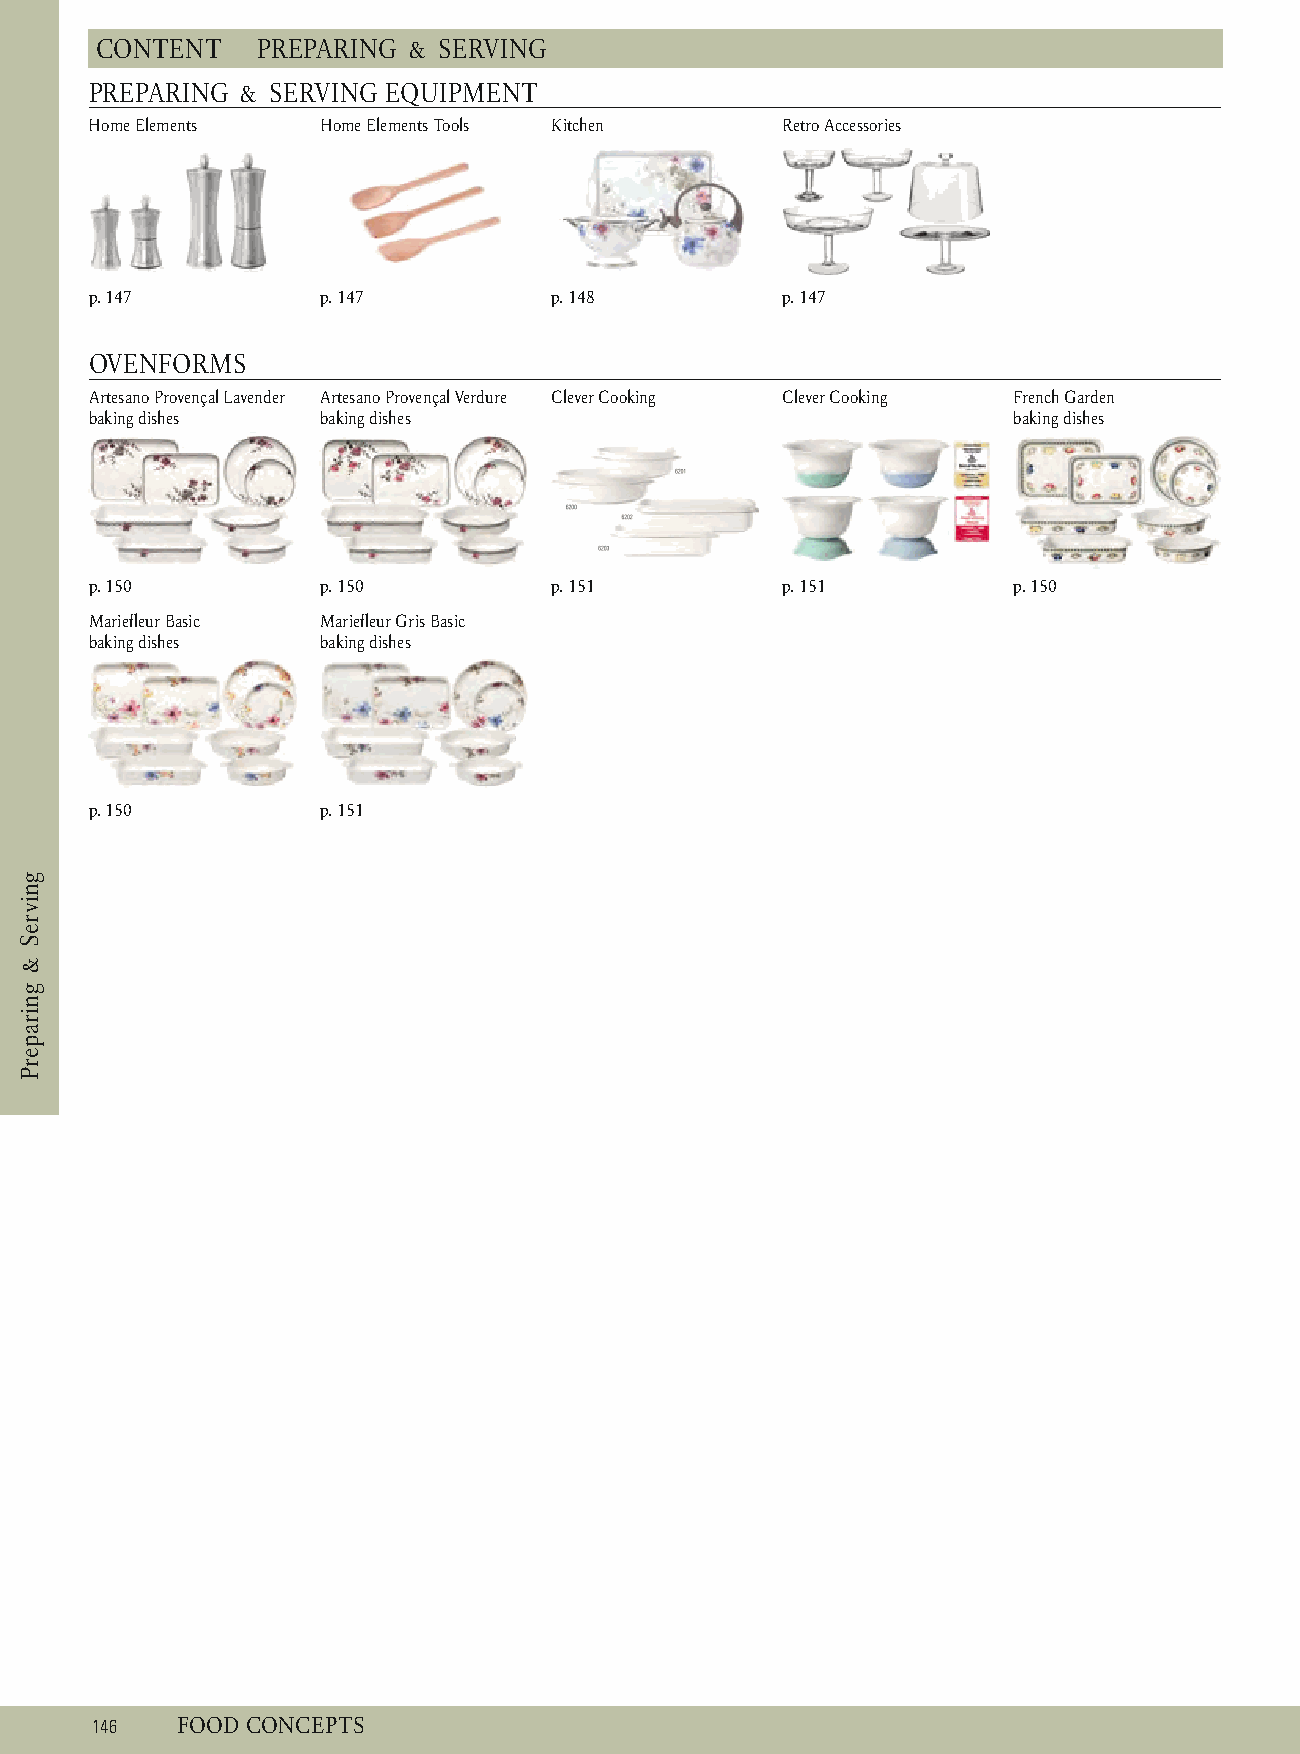
C ONTENT   P REPARING & SERVING
 PREPARING & SERVING EQUIPMENT
 Home Elements  Home Elements Tools Kitchen    R etro Accessories
 p. 1 47        p . 147        p . 148         p . 147
 OVENFORMS
 Artesano Provençal Lavender Artesano Provençal Verdure Clever Cooking Clever Cooking French Garden
 baking dishes  baking dishes                                 baking dishes
 p. 1 50        p . 150        p . 151         p . 151        p . 150
 Mariefleur Basic Mariefleur Gris Basic
 baking dishes  baking dishes
 p. 1 50        p . 151
 1 46  F OOD CONCEPTS
 gnivreS
 &
 gniraperP